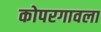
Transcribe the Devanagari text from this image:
कोपरगावला